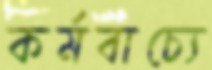
কর্মবাচ্যে